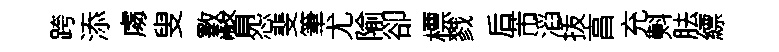
跨添䖏叟斁瞥怨斐筆尤隃卻標戮后芾滔㧞亯充㪺胠縹